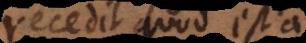
recedit quod est a